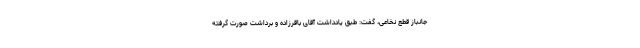
جانباز قطع نخاعی، گفت: طبق یادداشت آقای باقرزاده و برداشت صورت گرفته